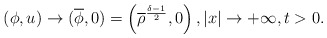
\begin{align*}(\phi,u)\rightarrow (\overline{\phi},0)=\left(\overline{\rho}^{\frac{\delta-1}{2}},0\right), |x|\rightarrow +\infty,t>0.\end{align*}